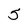
Character: 5